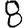
Digit: 8